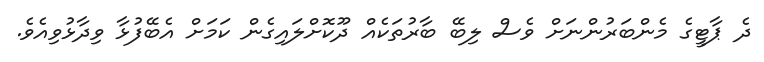
ދެ ޕާޓީގެ މެންބަރުންނަށް ވެސް ލިބޭ ބާރުތަކެއް ދޫކޮށްލައިގެން ކަމަށް އެބޭފުޅާ ވިދާޅުވިއެވެ.